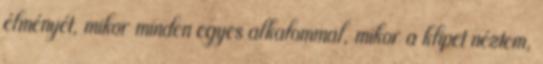
élményét, mikor minden egyes alkalommal, mikor a klipet néztem,